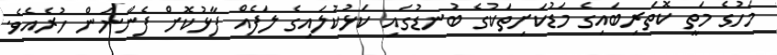
މަހުގެ މަތީ ކޮތަރިބައިގެ މަޑުކަށިތަކުގެ ބުނޑުގައި ކަޅުކުލައިގެ ލަފެއް ފާޅުކޮށް ފެންނަން ހުރެެއެވެ.